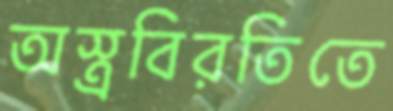
অস্ত্রবিরতিতে